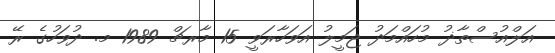
އަލްއުސްތާޛު މުހައްމަދު ޖަމީލު އަވަހާރަވީ 15 މާރޗް 1989 މ. ދުވަހުގެ ރޭ